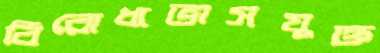
বিরোধাভাসযুক্ত